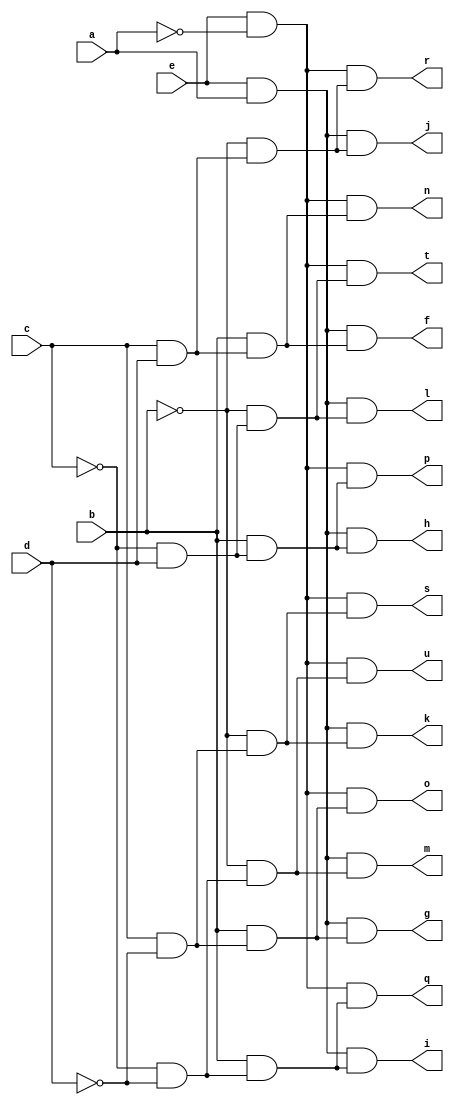
// IWLS benchmark module "decod" printed on Wed May 29 16:32:29 2002
module decod(a, b, c, d, e, f, g, h, i, j, k, l, m, n, o, p, q, r, s, t, u);
input
  a,
  b,
  c,
  d,
  e;
output
  f,
  g,
  h,
  i,
  j,
  k,
  l,
  m,
  n,
  o,
  p,
  q,
  r,
  s,
  t,
  u;
wire
  o0,
  \[7] ,
  \[8] ,
  \[9] ,
  \[10] ,
  \[0] ,
  \[11] ,
  \[1] ,
  \[12] ,
  \[2] ,
  \[13] ,
  \[3] ,
  \[14] ,
  \[4] ,
  \[15] ,
  \[5] ,
  n0,
  \[6] ;
assign
  o0 = e & a,
  \[7]  = o0 & (~b & (~c & ~d)),
  \[8]  = n0 & (b & (c & d)),
  \[9]  = n0 & (b & (c & ~d)),
  \[10]  = n0 & (b & (~c & d)),
  \[0]  = o0 & (b & (c & d)),
  \[11]  = n0 & (b & (~c & ~d)),
  \[1]  = o0 & (b & (c & ~d)),
  \[12]  = n0 & (~b & (c & d)),
  f = \[0] ,
  g = \[1] ,
  h = \[2] ,
  i = \[3] ,
  j = \[4] ,
  k = \[5] ,
  l = \[6] ,
  m = \[7] ,
  n = \[8] ,
  o = \[9] ,
  p = \[10] ,
  q = \[11] ,
  r = \[12] ,
  s = \[13] ,
  t = \[14] ,
  \[2]  = o0 & (b & (~c & d)),
  \[13]  = n0 & (~b & (c & ~d)),
  u = \[15] ,
  \[3]  = o0 & (b & (~c & ~d)),
  \[14]  = n0 & (~b & (~c & d)),
  \[4]  = o0 & (~b & (c & d)),
  \[15]  = n0 & (~b & (~c & ~d)),
  \[5]  = o0 & (~b & (c & ~d)),
  n0 = e & ~a,
  \[6]  = o0 & (~b & (~c & d));
endmodule